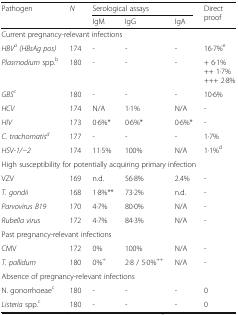
<table><thead><tr><td rowspan="2"><b>Pathogen</b></td><td rowspan="2"><b><i>N</i></b></td><td colspan="3"><b>Serological assays</b></td><td rowspan="2"><b>Direct proof</b></td></tr><tr><td><b>IgM</b></td><td><b>IgG</b></td><td><b>IgA</b></td></tr></thead><tbody><tr><td colspan="6">Current pregnancy-relevant infections</td></tr><tr><td><i>HBV</i><sup><i>a</i></sup><i>(HBsAg pos)</i></td><td>174</td><td>-</td><td>-</td><td>-</td><td>16·7%<sup>e</sup></td></tr><tr><td><i>Plasmodium</i> spp.<sup>b</sup></td><td>180</td><td>-</td><td>-</td><td>-</td><td>+ 6·1%++ 1·7%+++ 2·8%</td></tr><tr><td><i>GBS</i><sup><i>c</i></sup></td><td>180</td><td>-</td><td>-</td><td>-</td><td>10·6%</td></tr><tr><td><i>HCV</i></td><td>174</td><td>N/A</td><td>1·1%</td><td>N/A</td><td>-</td></tr><tr><td><i>HIV</i></td><td>173</td><td>0·6%*</td><td>0·6%*</td><td>0·6%*</td><td>-</td></tr><tr><td><i>C. trachomatis</i><sup><i>d</i></sup></td><td>177</td><td>-</td><td>-</td><td>-</td><td>1·7%</td></tr><tr><td><i>HSV-1/−2</i></td><td>174</td><td>11·5%</td><td>100%</td><td>N/A</td><td>1·1%<sup>d</sup></td></tr><tr><td colspan="6">High susceptibility for potentially acquiring primary infection</td></tr><tr><td>VZV</td><td>169</td><td>n.d.</td><td>56·8%</td><td>2.4%</td><td>-</td></tr><tr><td><i>T. gondii</i></td><td>168</td><td>1·8%**</td><td>73·2%</td><td>n.d.</td><td>-</td></tr><tr><td><i>Parvovirus B19</i></td><td>170</td><td>4·7%</td><td>80·0%</td><td>N/A</td><td>-</td></tr><tr><td><i>Rubella virus</i></td><td>172</td><td>4·7%</td><td>84·3%</td><td>N/A</td><td>-</td></tr><tr><td colspan="6">Past pregnancy-relevant infections</td></tr><tr><td>CMV</td><td>172</td><td>0%</td><td>100%</td><td>N/A</td><td>-</td></tr><tr><td><i>T. pallidum</i></td><td>180</td><td>0%<sup>+</sup></td><td>2·8 / 5·0%<sup>++</sup></td><td>N/A</td><td>-</td></tr><tr><td colspan="6">Absence of pregnancy-relevant infections</td></tr><tr><td>N. gonorrhoeae<sup>c</sup></td><td>180</td><td>-</td><td>-</td><td>-</td><td>0</td></tr><tr><td><i>Listeria</i> spp.<sup>c</sup></td><td>180</td><td>-</td><td>-</td><td>-</td><td>0</td></tr></tbody></table>